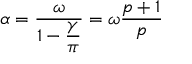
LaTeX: \alpha = \displaystyle \frac { \omega } { 1 - \displaystyle \frac { \gamma } { \pi } } = \omega \displaystyle \frac { p + 1 } { p }